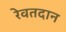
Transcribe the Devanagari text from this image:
रेवतदान